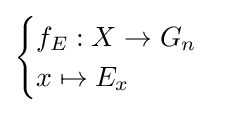
{\begin{cases}f_{E}:X\to G_{n}\\x\mapsto E_{x}\end{cases}}